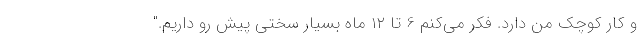
و کار کوچک من دارد. فکر می‌کنم 6 تا ۱۲ ماه بسیار سختی پیش رو داریم."